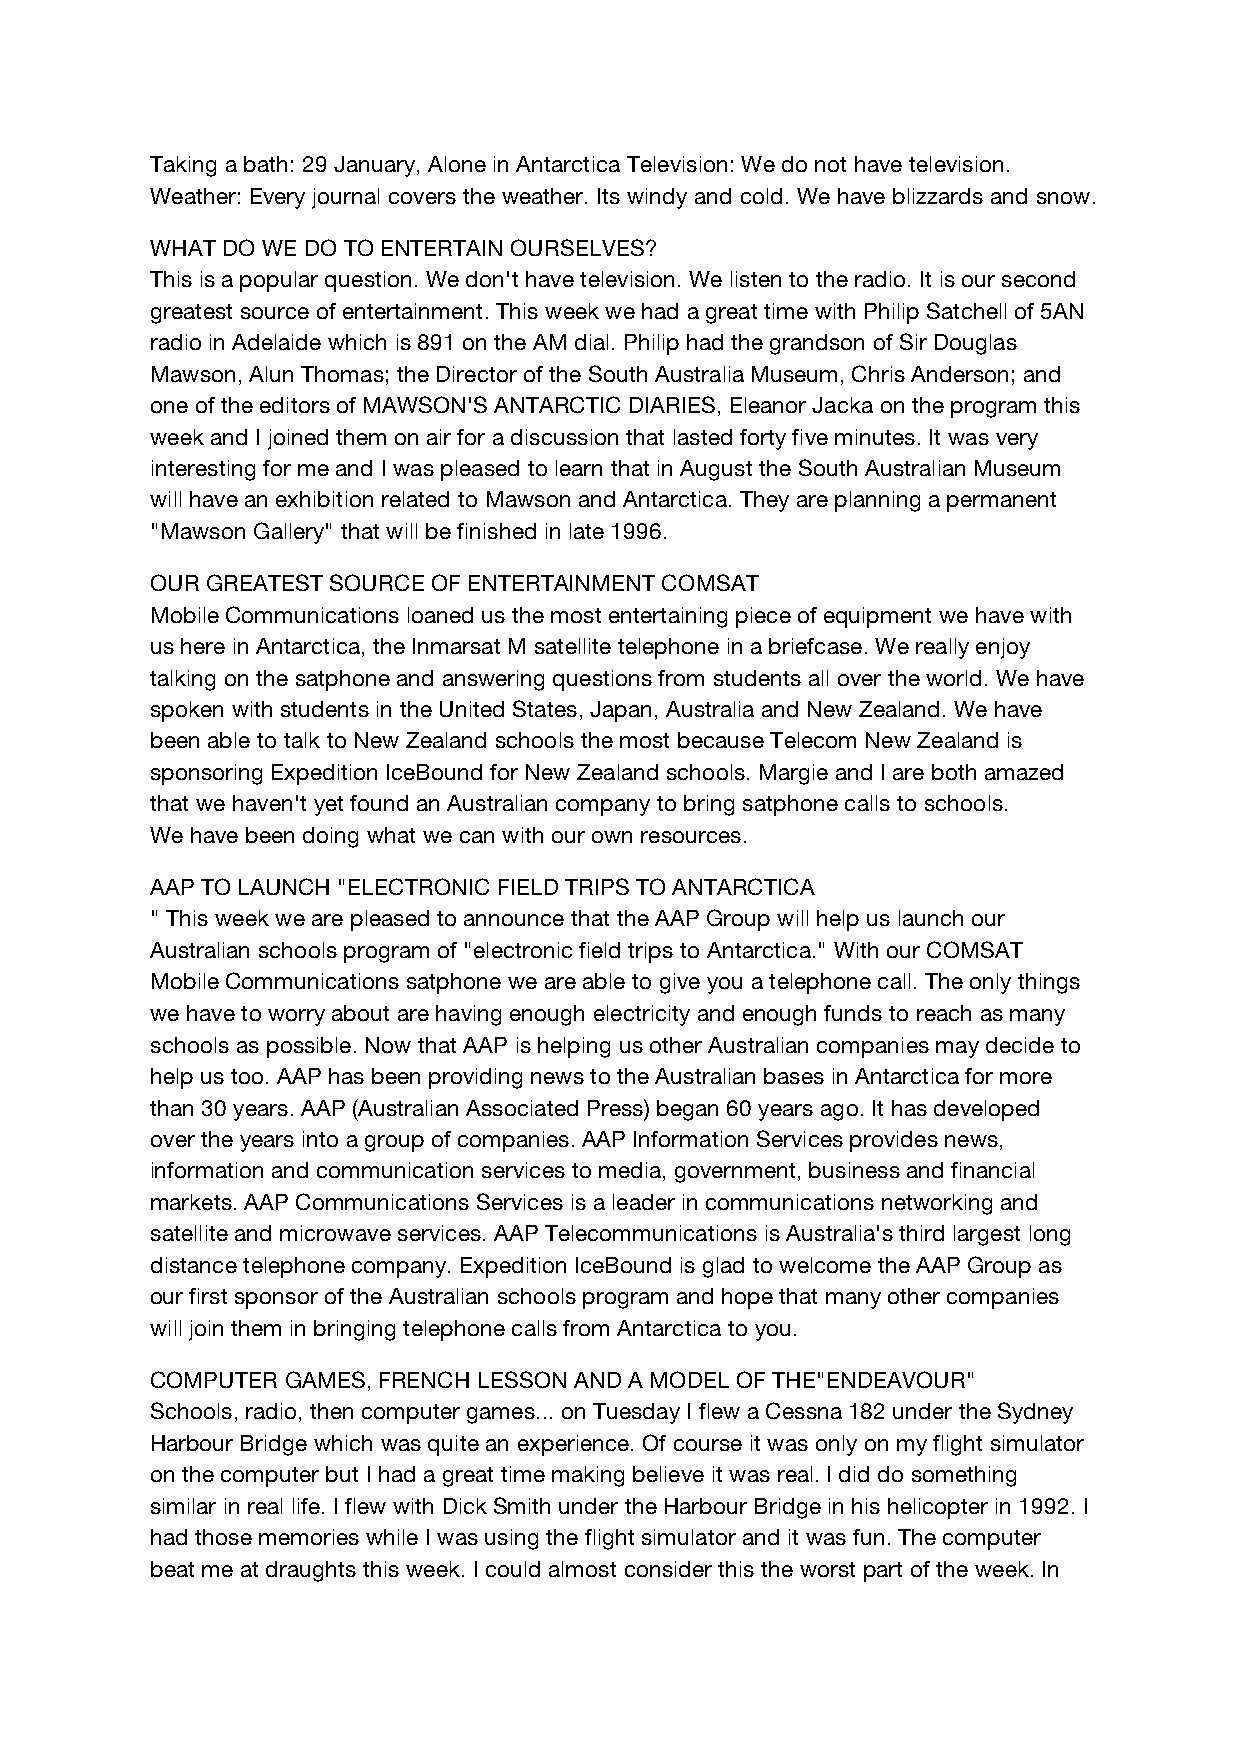
Taking a bath: 29 January, Alone in Antarctica Television: We do not have television.
 Weather: Every journal covers the weather. Its windy and cold. We have blizzards and snow.
 WHAT DO WE DO TO ENTERTAIN OURSELVES?
 This is a popular question. We don't have television. We listen to the radio. It is our second
 greatest source of entertainment. This week we had a great time with Philip Satchell of 5AN
 radio in Adelaide which is 891 on the AM dial. Philip had the grandson of Sir Douglas
 Mawson, Alun Thomas; the Director of the South Australia Museum, Chris Anderson; and
 one of the editors of MAWSON'S ANTARCTIC DIARIES, Eleanor Jacka on the program this
 week and I joined them on air for a discussion that lasted forty five minutes. It was very
 interesting for me and I was pleased to learn that in August the South Australian Museum
 will have an exhibition related to Mawson and Antarctica. They are planning a permanent
 "Mawson Gallery" that will be finished in late 1996.
 OUR GREATEST SOURCE OF ENTERTAINMENT COMSAT
 Mobile Communications loaned us the most entertaining piece of equipment we have with
 us here in Antarctica, the Inmarsat M satellite telephone in a briefcase. We really enjoy
 talking on the satphone and answering questions from students all over the world. We have
 spoken with students in the United States, Japan, Australia and New Zealand. We have
 been able to talk to New Zealand schools the most because Telecom New Zealand is
 sponsoring Expedition IceBound for New Zealand schools. Margie and I are both amazed
 that we haven't yet found an Australian company to bring satphone calls to schools.
 We have been doing what we can with our own resources.
 AAP TO LAUNCH "ELECTRONIC FIELD TRIPS TO ANTARCTICA
 " This week we are pleased to announce that the AAP Group will help us launch our
 Australian schools program of "electronic field trips to Antarctica." With our COMSAT
 Mobile Communications satphone we are able to give you a telephone call. The only things
 we have to worry about are having enough electricity and enough funds to reach as many
 schools as possible. Now that AAP is helping us other Australian companies may decide to
 help us too. AAP has been providing news to the Australian bases in Antarctica for more
 than 30 years. AAP (Australian Associated Press) began 60 years ago. It has developed
 over the years into a group of companies. AAP Information Services provides news,
 information and communication services to media, government, business and financial
 markets. AAP Communications Services is a leader in communications networking and
 satellite and microwave services. AAP Telecommunications is Australia's third largest long
 distance telephone company. Expedition IceBound is glad to welcome the AAP Group as
 our first sponsor of the Australian schools program and hope that many other companies
 will join them in bringing telephone calls from Antarctica to you.
 COMPUTER GAMES, FRENCH LESSON AND A MODEL OF THE"ENDEAVOUR"
 Schools, radio, then computer games... on Tuesday I flew a Cessna 182 under the Sydney
 Harbour Bridge which was quite an experience. Of course it was only on my flight simulator
 on the computer but I had a great time making believe it was real. I did do something
 similar in real life. I flew with Dick Smith under the Harbour Bridge in his helicopter in 1992. I
 had those memories while I was using the flight simulator and it was fun. The computer
 beat me at draughts this week. I could almost consider this the worst part of the week. In